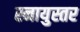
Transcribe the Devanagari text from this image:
स्नायुस्तर